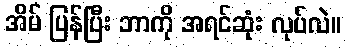
အိမ် ပြန်ပြီး ဘာကို အရင်ဆုံး လုပ်လဲ။